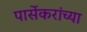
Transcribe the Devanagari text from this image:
पार्सेकरांच्या